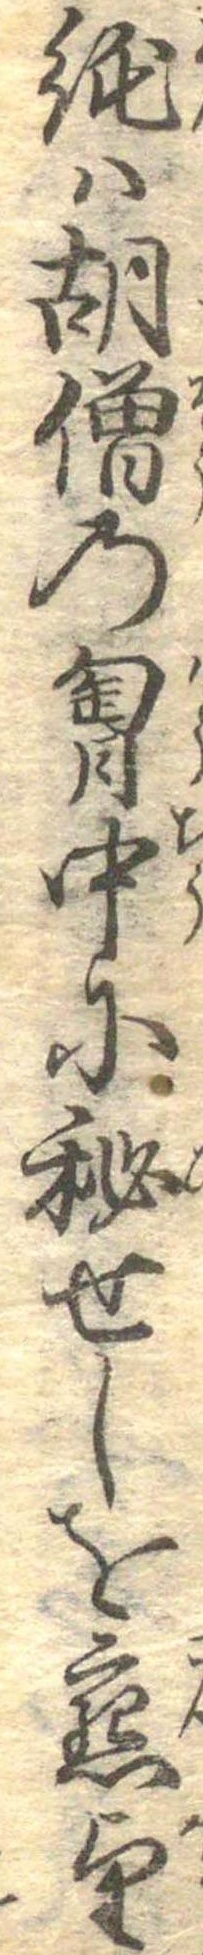
飩は胡僧の胸中に秘せしを懇望